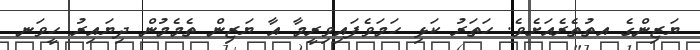
ޔަޒިންގެ އތުތެރެއަށެވެ. ހަތަރު ކަޅި ހަމަވެފައިވިރީމާ އާ ޔަޒިން ތެމެމުން ދިޔައިރު ހީވަނ